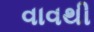
વાવથી